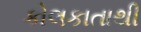
કોલકાતાથી